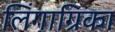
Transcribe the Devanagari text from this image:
लिंगाग्रिका